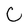
Character: C